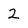
Character: 2